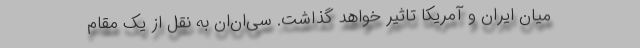
میان ایران و آمریکا تاثیر خواهد گذاشت. سی‌ان‌ان به نقل از یک مقام